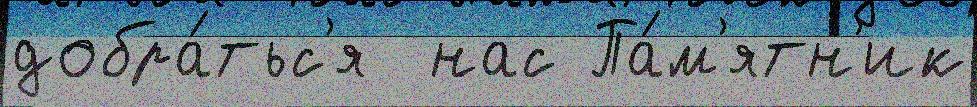
добра́тьс'я  нас Па́м'ятн'ик